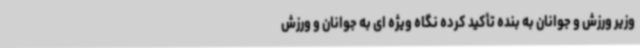
وزیر ورزش و جوانان به بنده تأکید کرده نگاه ویژه ای به جوانان و ورزش